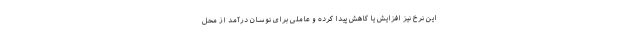
این نرخ نیز افزایش یا کاهش پیدا کرده و عاملی برای نوسان درآمد از محل